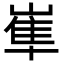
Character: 𡺾